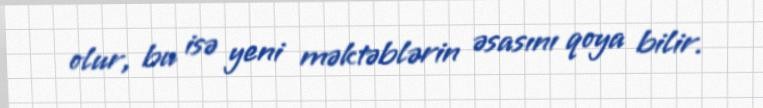
olur, bu isə yeni məktəblərin əsasını qoya bilir.